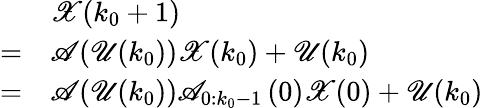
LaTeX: \begin{array}{rl}&{\mathscr{X}(k_{0}+1)}\\ {=}&{\mathscr{A}(\mathscr{U}(k_{0}))\mathscr{X}(k_{0})+\mathscr{U}(k_{0})}\\ {=}&{\mathscr{A}(\mathscr{U}(k_{0}))\mathscr{A}_{0:k_{0}-1}\left(0\right)\mathscr{X}(0)+\mathscr{U}(k_{0})}\end{array}